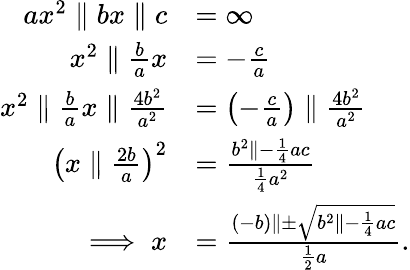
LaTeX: {\begin{array}{rl}{ax^{2}\parallel bx\parallel c}&{=\infty}\\ {x^{2}\parallel{\frac{b}{a}}x}&{=-{\frac{c}{a}}}\\ {x^{2}\parallel{\frac{b}{a}}x\parallel{\frac{4b^{2}}{a^{2}}}}&{=\left(-{\frac{c}{a}}\right)\parallel{\frac{4b^{2}}{a^{2}}}}\\ {\left(x\parallel{\frac{2b}{a}}\right)^{2}}&{={\frac{b^{2}\parallel-{\frac{1}{4}}ac}{{\frac{1}{4}}a^{2}}}}\\ {\implies x}&{={\frac{(-b)\parallel\pm{\sqrt{b^{2}\parallel-{\frac{1}{4}}ac}}}{{\frac{1}{2}}a}}.}\end{array}}